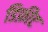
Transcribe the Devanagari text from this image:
डिफ़ीट